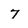
Character: 7